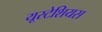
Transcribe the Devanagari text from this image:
यूस्टेशियस